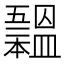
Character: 𣌃